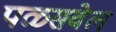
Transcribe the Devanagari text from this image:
पळसवेल